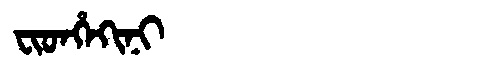
Manchu: ᠸᡳᡨᡥᡝᡴᡳᠨᡳ
Romanization: FITHEKINI